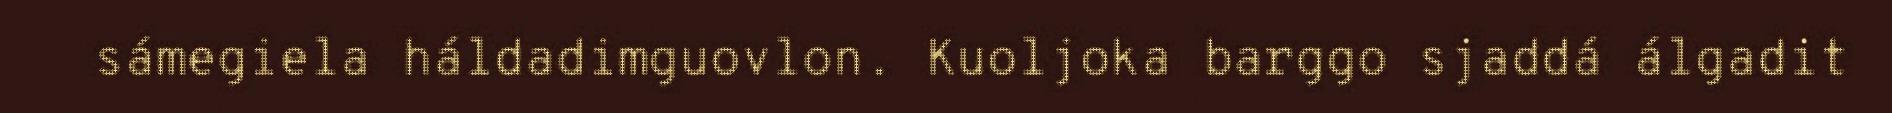
sámegiela háldadimguovlon. Kuoljoka barggo sjaddá álgadit